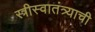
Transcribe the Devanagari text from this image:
स्त्रीस्वातंत्र्याची